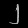
Digit: ၂